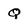
Character: q